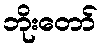
ဘိုးတော်